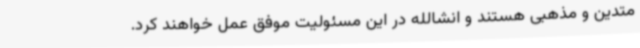
متدین و مذهبی هستند و انشالله در این مسئولیت موفق عمل خواهند کرد.